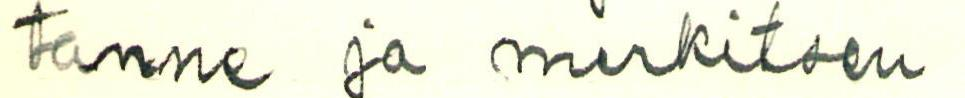
tanne ja merkitsen